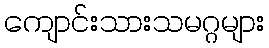
ကျောင်းသားသမဂ္ဂများ